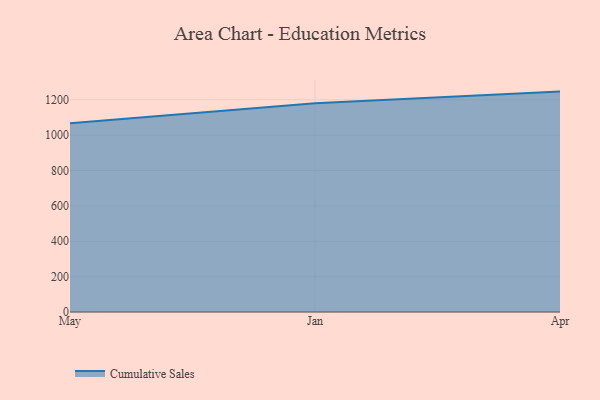
{"axis": {"x": "Month", "y": "Latency (ms)"}, "legend": ["Cumulative Sales"], "data": [{"x": "May", "y": 1067.2, "type": "Cumulative Sales"}, {"x": "Jan", "y": 1180.5, "type": "Cumulative Sales"}, {"x": "Apr", "y": 1246.6, "type": "Cumulative Sales"}]}